Indian journal of veterinary science and animal husbandry - Volume 8,
Year: 1938
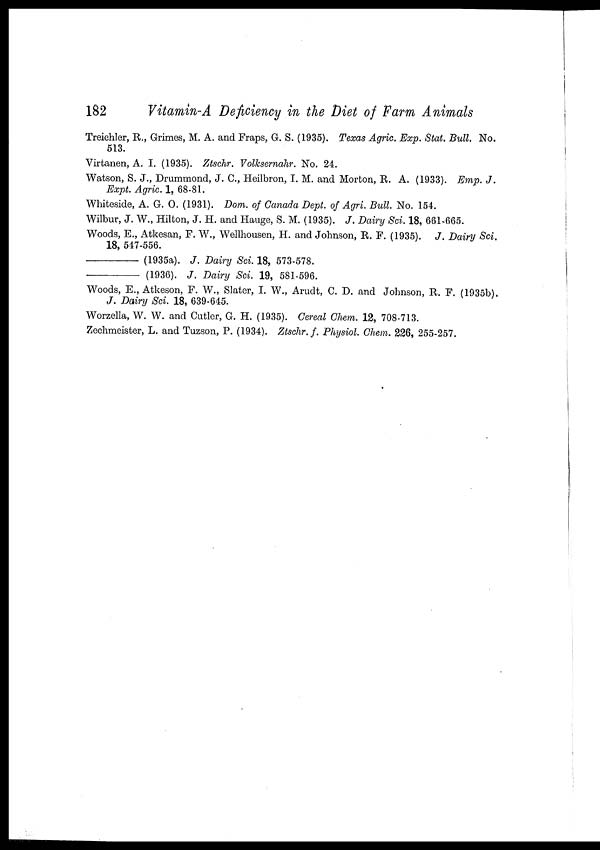
182
Vitamin-A Deficiency in the Diet of Farm Animals
Treichler, R., Grimes, M. A. and Fraps, G. S. (1935). Texas Agric. Exp. Stat. Bull. No.
513.
Virtanen, A. I. (1935). Ztschr. Volksernahr. No. 24.
Watson, S. J., Drummond, J. C., Heilbron, I. M. and Morton, R. A. (1933). Emp. J.
Expt. Agric. 1, 68-81.
Whiteside, A. G. O. (1931). Dom. of Canada Dept. of Agri. Bull. No. 154.
Wilbur, J. W., Hilton, J. H. and Hauge, S. M. (1935). J. Dairy Sci. 18, 661-665.
Woods, E., Atkesan, F. W., Wellhousen, H. and Johnson, R. F. (1935). J. Dairy Sci.
18, 547-556.
—
(1935a). J. Dairy Sci. 18, 573-578.
—
(1936). J. Dairy Sci. 19, 581-596.
Woods, E., Atkeson, F. W., Slater, I. W., Arudt, C. D. and Johnson, R. F. (1935b).
J. Dairy Sci. 18, 639-645.
Worzella, W. W. and Cutler, G. H. (1935). Cereal Chem. 12, 708-713.
Zechmeister, L. and Tuzson, P. (1934). Ztschr. f. Physiol. Chem. 226, 255-257.